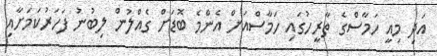
އަދި މިއީ ހަމާސްގެ ތާރީހުގައި ހަމާސްއަށް އެންމެ ބޮޑަށް ގެއްލުން ލިބުނު ފަހަރުކަމަށާއި